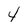
Character: 4